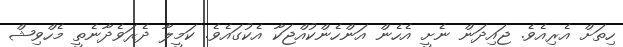
ހިތަށް އެރިއެވެ. ޖައިދަން ނެށީ އެހެން އަންހެންކުއްޖަކާ އެކުގައެވެ. ކަމީލާ ދެރަވެދާނެތީ މެހްވިޝް